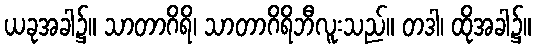
ယခုအခါ၌။ သာတာဂိရိ၊ သာတာဂိရိဘီလူးသည်။ တဒါ၊ ထိုအခါ၌။